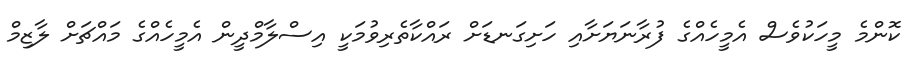
ކޮންމެ މީހަކުވެސް އެމީހެއްގެ ފުރާނަޔަށާއި ހަށިގަނޑަށް ރައްކާތެރިވުމަކީ އިސްލާމްދީން އެމީހެއްގެ މައްޗަށް ލާޒިމް